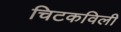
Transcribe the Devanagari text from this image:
चिटकविली